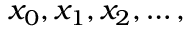
x _ { 0 } , x _ { 1 } , x _ { 2 } , \ldots ,